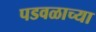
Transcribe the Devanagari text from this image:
पडवळाच्या